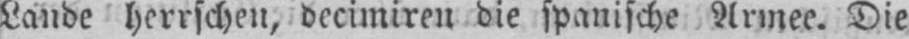
Lande herrschen, decimiren die spanische Armee. Die